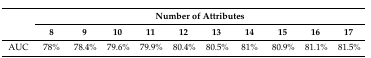
| <ROWSPAN=2>  | <COLSPAN=10> Number of Attributes |
 | 8 | 9 | 10 | 11 | 12 | 13 | 14 | 15 | 16 | 17 |
 | --- | --- | --- | --- | --- | --- | --- | --- | --- | --- | --- |
 | AUC | 78% | 78.4% | 79.6% | 79.9% | 80.4% | 80.5% | 81% | 80.9% | 81.1% | 81.5% |